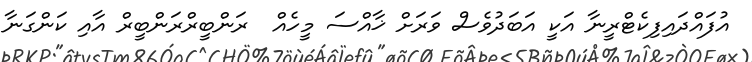
އުފައްދައިފިކެޓްރީނާ އަކީ އަބަދުވެސް ވަރަށް ޚާއްސަ މީހެއް  ރަންބީރްރަންބީރް އާއި ކަންގަނާ